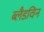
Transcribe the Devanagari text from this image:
ब्लैडविन